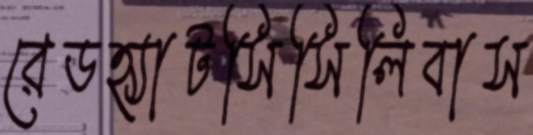
রেডহ্যাটসিসিলিবাস